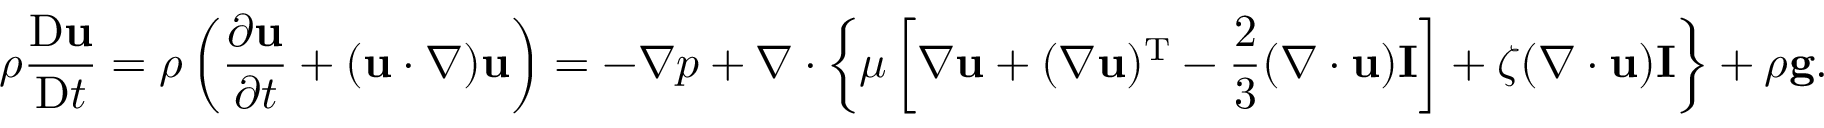
\rho { \frac { \mathrm { D } \mathbf { u } } { \mathrm { D } t } } = \rho \left( { \frac { \partial \mathbf { u } } { \partial t } } + ( \mathbf { u } \cdot \nabla ) \mathbf { u } \right) = - \nabla p + \nabla \cdot \left\{ \mu \left[ \nabla \mathbf { u } + ( \nabla \mathbf { u } ) ^ { \mathrm { T } } - { \frac { 2 } { 3 } } ( \nabla \cdot \mathbf { u } ) \mathbf { I } \right] + \zeta ( \nabla \cdot \mathbf { u } ) \mathbf { I } \right\} + \rho \mathbf { g } .